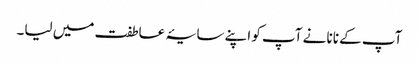
آپ کے نانا نے آپ کو اپنے سایۂ عاطفت میں لیا۔